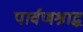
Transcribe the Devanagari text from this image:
पार्वणश्राद्ध